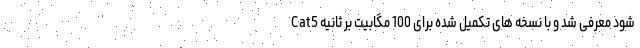
شود معرفی شد و با نسخه های تکمیل شده برای 100 مگابیت بر ثانیه Cat5